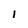
Character: 1